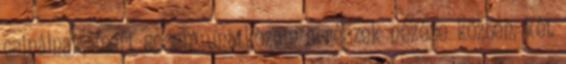
csinálnak, mert sosem unatkozom a részek nézése közben. két